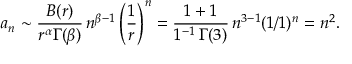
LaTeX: a _ { n } \sim { \frac { B ( r ) } { r ^ { \alpha } \Gamma ( \beta ) } } \, n ^ { \beta - 1 } \left( { \frac { 1 } { r } } \right) ^ { n } = { \frac { 1 + 1 } { 1 ^ { - 1 } \, \Gamma ( 3 ) } } \, n ^ { 3 - 1 } ( 1 / 1 ) ^ { n } = n ^ { 2 } .